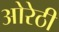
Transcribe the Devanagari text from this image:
ओरेठी